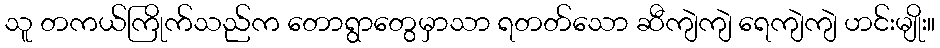
သူ တကယ်ကြိုက်သည်က တောရွာတွေမှာသာ ရတတ်သော ဆီကျဲကျဲ ရေကျဲကျဲ ဟင်းမျိုး။